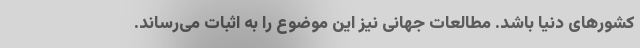
کشورهای دنیا باشد. مطالعات جهانی نیز این موضوع را به اثبات می‌رساند.